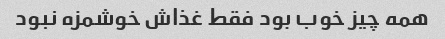
همه چیز خوب بود فقط غذاش خوشمزه نبود